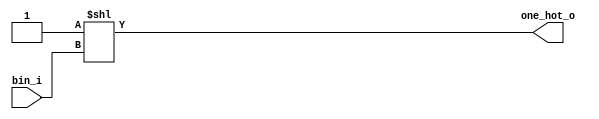
module one_hot(bin_i,one_hot_o);
parameter BIN_W=4;
parameter ONE_HOT_W=16;
input   [BIN_W-1:0]     bin_i;
 output  reg [ONE_HOT_W-1:0] one_hot_o;

  assign one_hot_o = 1'b1<<bin_i;

endmodule